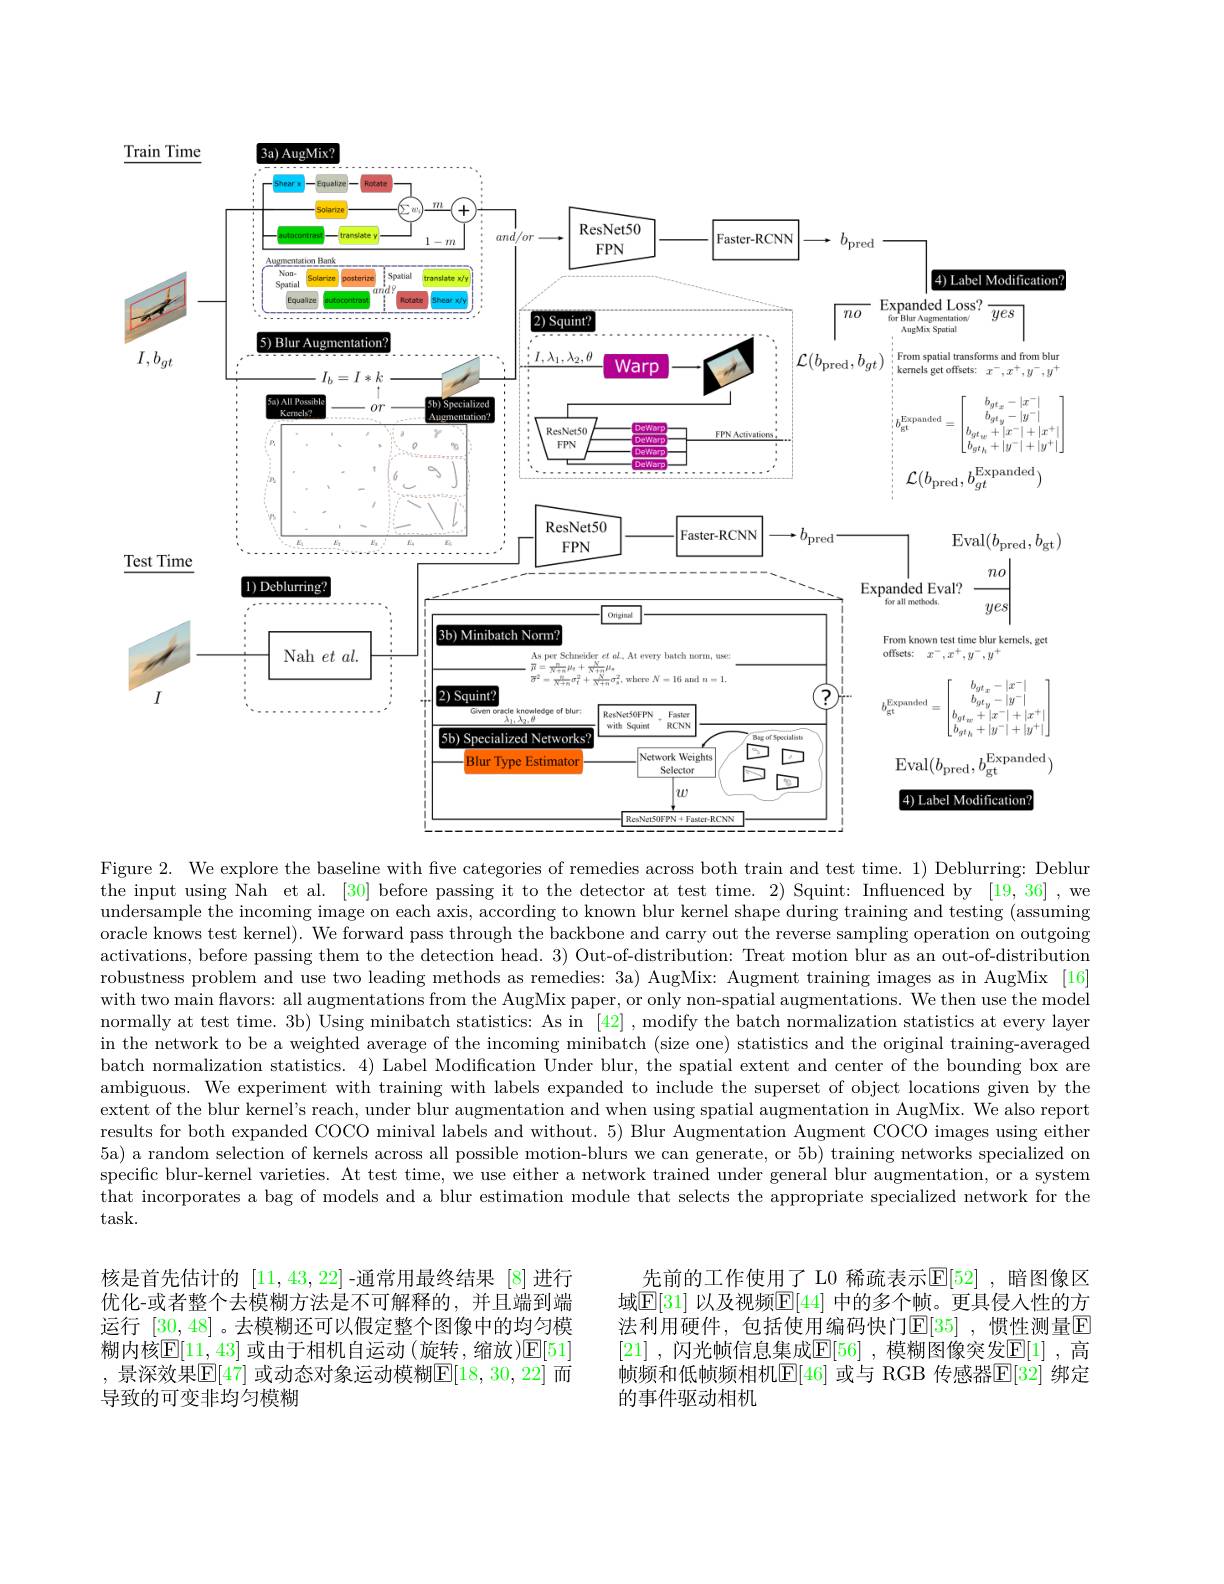
Train Time

$3a)$ AugMix?
<FigureHere>

Figure 2. We explore the baseline with five categories of remedies across both train and test time. 1) Deblurring: Deblur the input using Nah et al. [30] before passing it to the detector at test time. 2) Squint: Influenced by [19,36] ,we undersample the incoming image on each axis, according to known blur kernel shape during training and testing (assuming oracle knows test kernel). We forward pass through the backbone and carry out the reverse sampling operation on outgoing activations, before passing them to the detection head. 3) Out-of-distribution: Treat motion blur as an out-of-distribution robustness problem and use two leading methods as remedies: 3a) AugMix: Augment training images as in AugMix [16] with two main flavors: all augmentations from the AugMix paper, or only non-spatial augmentations. We then use the model normally at test time. 3b) Using minibatch statistics: As in [42] ,modify the batch normalization statistics at every layer in the network to be a weighted average of the incoming minibatch (size one) statistics and the original training-averaged batch normalization statistics. 4) Label Modification Under blur, the spatial extent and center of the bounding box are ambiguous. We experiment with training with labels expanded to include the superset of object locations given by the extent of the blur kernel's reach, under blur augmentation and when using spatial augmentation in AugMix. We also report results for both expanded COCO minival labels and without. 5) Blur Augmentation Augment COCO images using either 5a) a random selection of kernels across all possible motion-blurs we can generate, or 5b) training networks specialized on specific blur-kernel varieties. At test time, we use either a network trained under general blur augmentation, or a system that incorporates a bag of models and a blur estimation module that selects the appropriate specialized network for the task.

核是首先估计的[11,43,22] -通常用最终结果 [8]进行优化-或者整个去模糊方法是不可解释的，并且端到端运行[30,48]。去模糊还可以假定整个图像中的均匀模糊内核$\mathbb{E}[11,43]$ 或由于相机自运动 (旋转，缩放)$\mathbb{E}[51]$ , 景深效果$\boxed{\mathbb{E}}[47]$ 或动态对象运动模糊$\boxed{\mathbb{E}}[18,30,22]$ 而导致的可变非均匀模糊

先前的工作使用了 L0 稀疏表示$\mathbb{E}[52]$ ,暗图像区域$\mathbb{E}[31]$ 以及视频$\mathbb{E}[44]$ 中的多个帧。更具侵入性的方法利用硬件，包括使用编码快门$\mathbb{E}[35]$ ,惯性测量$\mathbb{E}$ [21] , 闪 光 帧 信 息 集 成 $\underline {\mathrm{E} }[ 56]$ ,模糊图像突发$\underline {\mathrm{E} }[ 1]$ ,高帧频和低帧频相机E[46] 或与 RGB 传感器$\overline {\mathbb{E} }$[ 32] 绑定的事件驱动相机